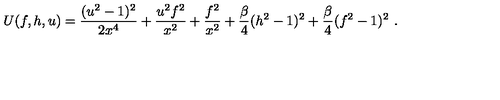
U ( f , h , u ) = \frac { ( u ^ { 2 } - 1 ) ^ { 2 } } { 2 x ^ { 4 } } + \frac { u ^ { 2 } f ^ { 2 } } { x ^ { 2 } } + \frac { f ^ { 2 } } { x ^ { 2 } } + \frac \beta 4 ( h ^ { 2 } - 1 ) ^ { 2 } + \frac \beta 4 ( f ^ { 2 } - 1 ) ^ { 2 } \ .